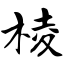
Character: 棱